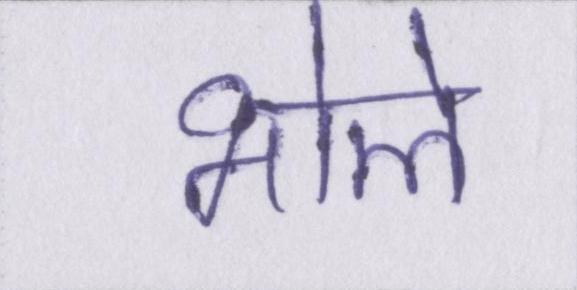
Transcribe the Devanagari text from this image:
भोले